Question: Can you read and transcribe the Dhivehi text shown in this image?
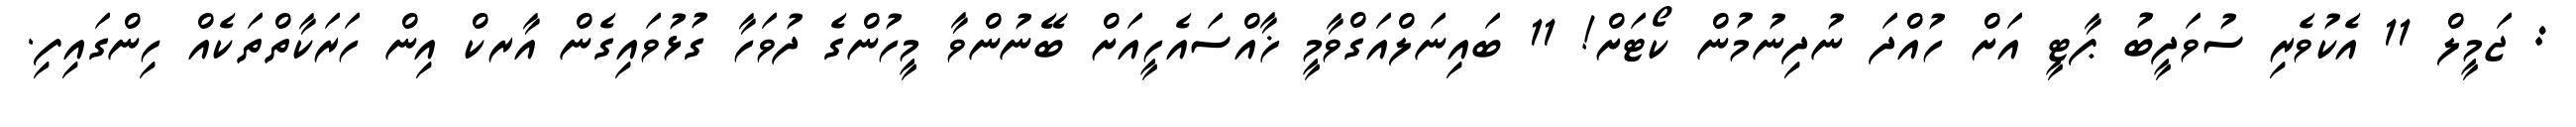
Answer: : ޖަމީލް 11 އެކުވެރި ސުވަދީބު ޕާޓީ އަށް ހުއްދަ ނުދިނުމުން ކޯޓަށް! 11 ބައިނަލްއަގްވާމީ ޚާއްސައެހީއަށް ބޭނުންވާ މީހުންގެ ދުވަހާ ގުޅުވައިގެން އާރކް އިން ހަރަކާތްތަކެއް ހިންގައިފި.